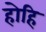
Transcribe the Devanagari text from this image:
होहि